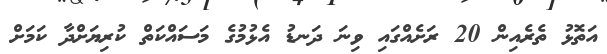
އަތޮޅު ތެރެއިން 20 ރަށެއްގައި ވިނަ ދަނޑު އެޅުމުގެ މަސައްކަތް ކުރިޔަށްދާ ކަމަށް